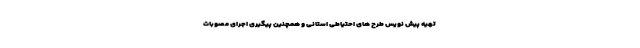
تهیه پیش نویس طرح های احتیاطی استانی و همچنین پیگیری اجرای مصوبات